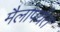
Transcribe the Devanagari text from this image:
मैलांपर्यंत